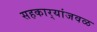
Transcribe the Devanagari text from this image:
सहकार्‍यांजवळ